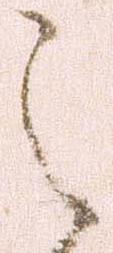
之